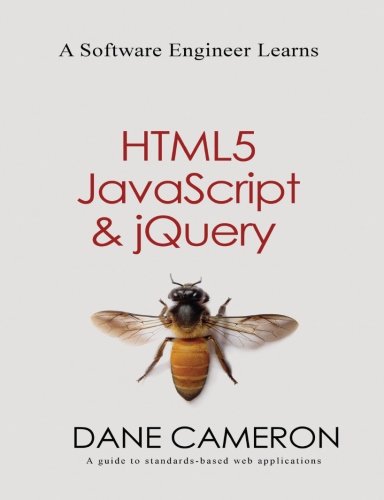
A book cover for A Software Engineer Learns HTML5, JavaScript and jQuery; Dane Cameron; Computers & Technology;